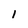
Character: 1